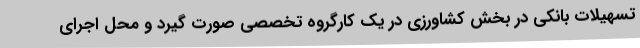
تسهیلات بانکی در بخش کشاورزی در یک کارگروه تخصصی صورت گیرد و محل اجرای